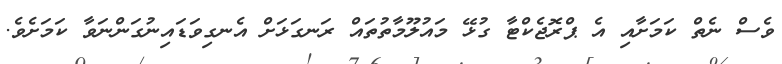
ވެސް ނެތް ކަމަށާއި އެ ޕްރޮޖެކްޓާ ގުޅޭ މައުލޫމާތުތައް ރަނގަޅަށް އެނގިވަޑައިނުގަންނަވާ ކަމަށެވެ.